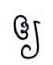
ឲ្យ